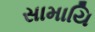
સામાયિ